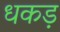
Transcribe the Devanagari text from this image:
धकड़